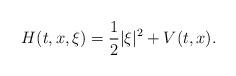
LaTeX: \begin{align*}H(t,x,\xi)=\frac{1}{2}|\xi|^2+V(t,x).\end{align*}